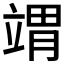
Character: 𬔤